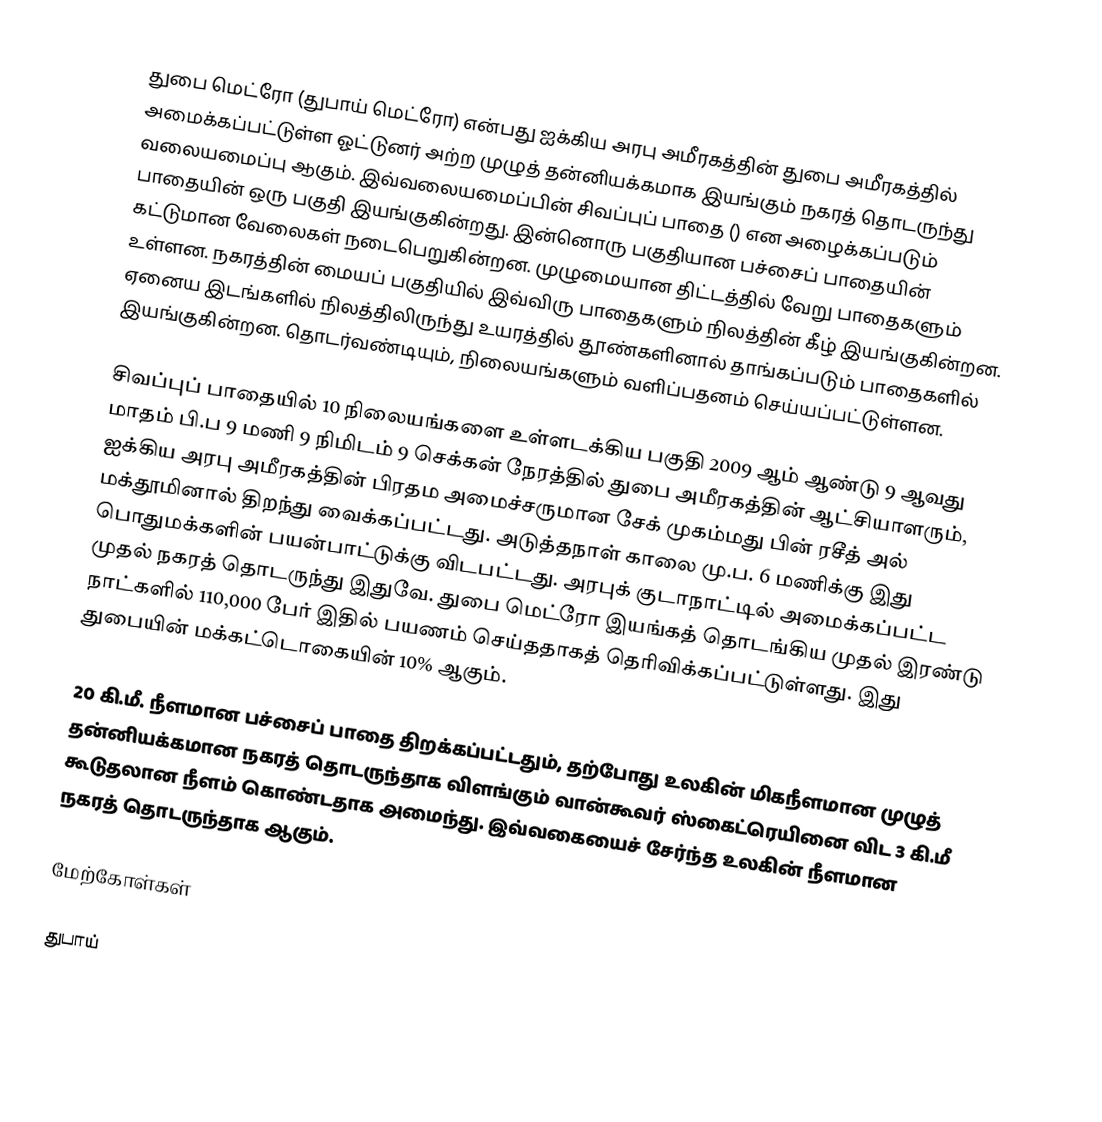
துபை மெட்ரோ (துபாய் மெட்ரோ) என்பது ஐக்கிய அரபு அமீரகத்தின் துபை அமீரகத்தில் அமைக்கப்பட்டுள்ள ஓட்டுனர் அற்ற முழுத் தன்னியக்கமாக இயங்கும் நகரத் தொடருந்து வலையமைப்பு ஆகும். இவ்வலையமைப்பின் சிவப்புப் பாதை () என அழைக்கப்படும் பாதையின் ஒரு பகுதி இயங்குகின்றது. இன்னொரு பகுதியான பச்சைப் பாதையின் கட்டுமான வேலைகள் நடைபெறுகின்றன. முழுமையான திட்டத்தில் வேறு பாதைகளும் உள்ளன. நகரத்தின் மையப் பகுதியில் இவ்விரு பாதைகளும் நிலத்தின் கீழ் இயங்குகின்றன. ஏனைய இடங்களில் நிலத்திலிருந்து உயரத்தில் தூண்களினால் தாங்கப்படும் பாதைகளில் இயங்குகின்றன. தொடர்வண்டியும், நிலையங்களும் வளிப்பதனம் செய்யப்பட்டுள்ளன.

சிவப்புப் பாதையில் 10 நிலையங்களை உள்ளடக்கிய பகுதி 2009 ஆம் ஆண்டு 9 ஆவது மாதம் பி.ப 9 மணி 9 நிமிடம் 9 செக்கன் நேரத்தில் துபை அமீரகத்தின் ஆட்சியாளரும், ஐக்கிய அரபு அமீரகத்தின் பிரதம அமைச்சருமான சேக் முகம்மது பின் ரசீத் அல் மக்தூமினால் திறந்து வைக்கப்பட்டது. அடுத்தநாள் காலை மு.ப. 6 மணிக்கு இது பொதுமக்களின் பயன்பாட்டுக்கு விடபட்டது. அரபுக் குடாநாட்டில் அமைக்கப்பட்ட முதல் நகரத் தொடருந்து இதுவே. துபை மெட்ரோ இயங்கத் தொடங்கிய முதல் இரண்டு நாட்களில் 110,000 பேர் இதில் பயணம் செய்ததாகத் தெரிவிக்கப்பட்டுள்ளது. இது துபையின் மக்கட்டொகையின் 10% ஆகும்.

20 கி.மீ. நீளமான பச்சைப் பாதை திறக்கப்பட்டதும், தற்போது உலகின் மிகநீளமான முழுத் தன்னியக்கமான நகரத் தொடருந்தாக விளங்கும் வான்கூவர் ஸ்கைட்ரெயினை விட 3 கி.மீ கூடுதலான நீளம் கொண்டதாக அமைந்து. இவ்வகையைச் சேர்ந்த உலகின் நீளமான நகரத் தொடருந்தாக ஆகும்.

மேற்கோள்கள்

துபாய்